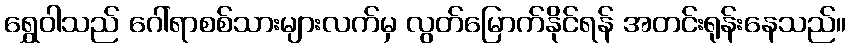
ရွှေဝါသည် ဂေါ်ရာစစ်သားများလက်မှ လွတ်မြောက်နိုင်ရန် အတင်းရုန်းနေသည်။